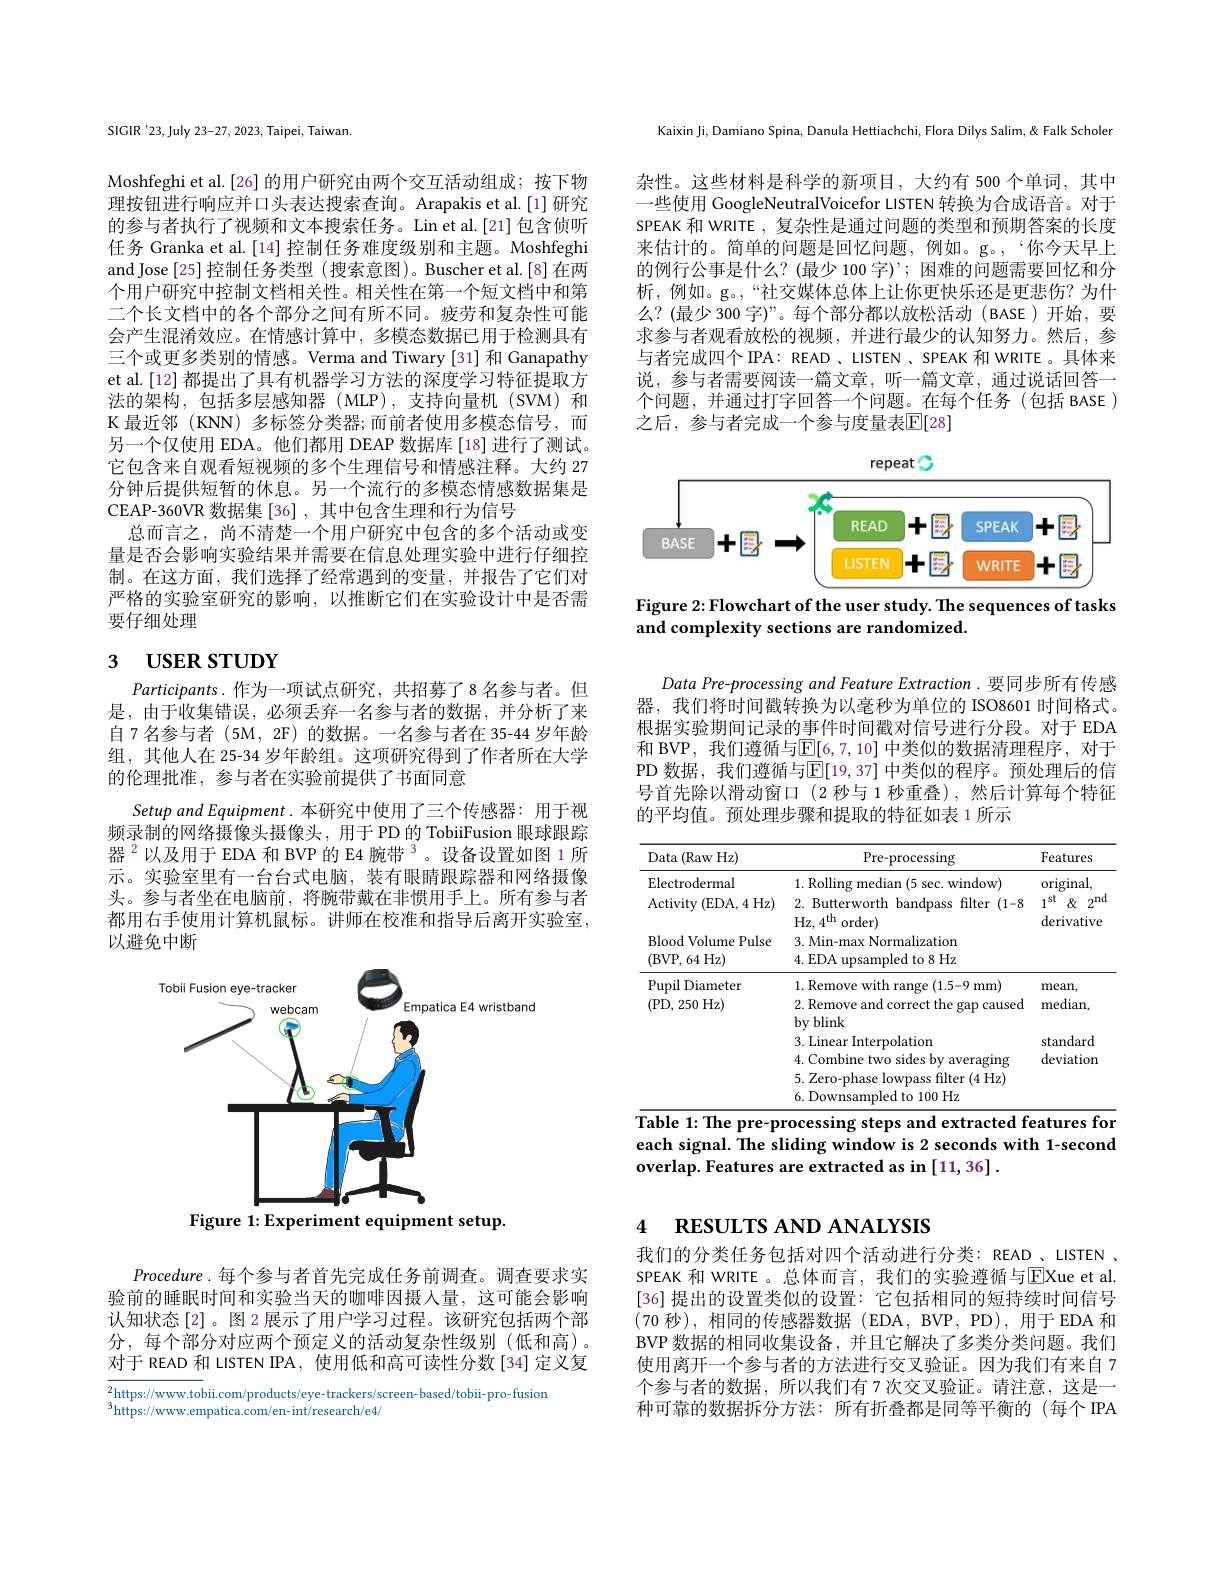
SIGIR'23, July 23-27, 2023, Taipei, Taiwan.

Moshfeghi et al.[26] 的用户研究由两个交互活动组成；按下物理按钮进行响应并口头表达搜索查询。Arapakis et al.[1]研究的参与者执行了视频和文本搜索任务。Lin et al.[21] 包含侦听任务 Granka et al.[14] 控制任务难度级别和主题。Moshfeghi and Jose [25] 控制任务类型 (搜索意图)。Buscher et al.[8]在两个用户研究中控制文档相关性。相关性在第一个短文档中和第二个长文档中的各个部分之间有所不同。疲劳和复杂性可能会产生混淆效应。在情感计算中，多模态数据已用于检测具有三个或更多类别的情感。Verma and Tiwary [31] 和 Ganapathy et al.[12] 都提出了具有机器学习方法的深度学习特征提取方法的架构，包括多层感知器(MLP),支持向量机(SVM)和K 最近邻 (KNN) 多标签分类器；而前者使用多模态信号，而另一个仅使用 EDA。他们都用 DEAP 数据库 [18] 进行了测试。它包含来自观看短视频的多个生理信号和情感注释。大约 27分钟后提供短暂的休息。另一个流行的多模态情感数据集是CEAP-360VR 数据集[36] ,其中包含生理和行为信号
总而言之，尚不清楚一个用户研究中包含的多个活动或变量是否会影响实验结果并需要在信息处理实验中进行仔细控制。在这方面，我们选择了经常遇到的变量，并报告了它们对严格的实验室研究的影响，以推断它们在实验设计中是否需要仔细处理

# 3 USER STUDY

Participants.作为一项试点研究，共招募了8名参与者。但是，由于收集错误，必须丢弃一名参与者的数据，并分析了来自7名参与者(5M,2F)的数据。一名参与者在 35-44 岁年龄组，其他人在 25-34 岁年龄组。这项研究得到了作者所在大学的伦理批准，参与者在实验前提供了书面同意
Setup and Equipment .本研究中使用了三个传感器：用于视频录制的网络摄像头摄像头，用于PD 的 TobiiFusion 眼球跟踪器$^{2}$以及用于 EDA 和 BVP 的 E4 腕带$^{3}$。设备设置如图 1 所示。实验室里有一台台式电脑，装有眼睛跟踪器和网络摄像头。参与者坐在电脑前，将腕带戴在非惯用手上。所有参与者都用右手使用计算机鼠标。讲师在校准和指导后离开实验室， 以避免中断

<FigureHere>
Figure 1: Experiment equipment setup.

Procedure.每个参与者首先完成任务前调查。调查要求实验前的睡眠时间和实验当天的咖啡因摄人量，这可能会影响认知状态[2]。图 2 展示了用户学习过程。该研究包括两个部分，每个部分对应两个预定义的活动复杂性级别(低和高)。对于 READ 和 LISTEN IPA, 使用低和高可读性分数[34]定义复

$\overline{{_{2}\text{https;//wwww.tobii.com/products/eye-trackers/screen-based/tobii-pro-fusion}}}$
$^{3}$https://www.empatica.com/en-int/research/e4/

Kaixin Ji, Damiano Spina, Danula Hettiachchi, Flora Dilys Salim, & Falk Scholer

杂性。这些材料是科学的新项目，大约有 500 个单词，其中一些使用 GoogleNeutralVoicefor LISTEN 转换为合成语音。对于SPEAK 和 WRITE , 复杂性是通过问题的类型和预期答案的长度来估计的。简单的问题是回忆问题，例如。g。,“你今天早上的例行公事是什么？(最少 100 字)’;困难的问题需要回忆和分析，例如。g。“社交媒体总体上让你更快乐还是更悲伤？为什么？(最少 300 字)”。每个部分都以放松活动(BASE)开始，要求参与者观看放松的视频，并进行最少的认知努力。然后，参与者完成四个 IPA: READ , LISTEN 、SPEAK 和 WRITE 。具体来说，参与者需要阅读一篇文章，听一篇文章，通过说话回答一个问题，并通过打字回答一个问题。在每个任务(包括 BASE) 之后，参与者完成一个参与度量表$\mathbb{E}[28]$

<FigureHere>
Figure 2: Flowchart of the user study. The sequences of tasks

and complexity sections are randomized.

Data Pre-processing and Feature Extraction.要同步所有传感器，我们将时间戳转换为以毫秒为单位的 ISO8601 时间格式。根据实验期间记录的事件时间戳对信号进行分段。对于 EDA 和 BVP, 我们遵循与$\overline{\mathbb{E}}[6,7,10]$ 中类似的数据清理程序，对于PD 数据，我们遵循与$\overline{\mathbb{E}}[19,37]$ 中类似的程序。预处理后的信号首先除以滑动窗口(2 秒与 1 秒重叠),然后计算每个特征的平均值。预处理步骤和提取的特征如表 1 所示

<table>
	<tbody>
		<tr>
			<th>Data (Raw Hz)</th>
			<th>Pre-processing</th>
			<th>Features</th>
		</tr>
		<tr>
			<td>Electrodermal</td>
			<td>1. Rolling median (5 sec. window)</td>
			<td>original</td>
		</tr>
		<tr>
			<td>Activity ( EDA, 4 Hz) </td>
			<td>2. Butterworth bandpass filter (1-8 Hz, $4^{th}$ order) </td>
			<td>$1^{\mathrm{st}}$ $\&2^{\mathrm{nd}}$ derivative</td>
		</tr>
		<tr>
			<td>Blood Volume Pulse (BVP, 64 Hz)</td>
			<td>3. Min-max Normalization 4.EDA upsampled to 8 Hz</td>
			<td> </td>
		</tr>
		<tr>
			<td rowspan="2">Pupil Diameter (PD, 250 Hz)</td>
			<td>1. Remove with range (1.5- 9 mm) 2. Remove and correct the gap caused</td>
			<td>mean, median,</td>
		</tr>
		<tr>
			<td>$L.I$ cmov t trie gap cat $\mathbf{by}$ blink 3. Linear Interpolation 4. Combine two sides by averaging 5. Zero-phase lowpass filter (4 Hz) 6. Downsampled to 100 Hz</td>
			<td>meuran, standard deviation</td>
		</tr>
	</tbody>
</table>
$\overline{\text{Table 1: The pre-processing steps and extracted features for}}$

each signal. The sliding window is 2 seconds with 1-second
overlap. Features are extracted as in [11,36] .

# 4 RESULTS AND ANALYSIS

我们的分类任务包括对四个活动进行分类：READ、LISTEN. SPEAK 和 WRITE 。总体而言，我们的实验遵循与$\overline{\mathrm{E}}$Xue et al. [36] 提出的设置类似的设置：它包括相同的短持续时间信号(70秒),相同的传感器数据(EDA,BVP,PD),用于EDA 和BVP 数据的相同收集设备，并且它解决了多类分类问题。我们使用离开一个参与者的方法进行交叉验证。因为我们有来自 7个参与者的数据，所以我们有 7 次交叉验证。请注意，这是一种可靠的数据拆分方法：所有折叠都是同等平衡的(每个IPA